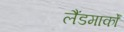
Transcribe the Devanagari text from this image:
लैंडमार्कों